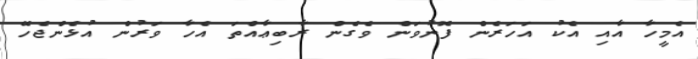
އެމީހާ އާއި އެކު އަހަރެން ފޮނުވަން ވެގެން ރާބިޢާއްތަ އެހާ ވަރުން އުޅެންޖެހޭ